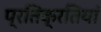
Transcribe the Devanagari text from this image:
प्रतिक्रतियां